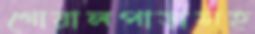
গোয়ালপাড়াসহ